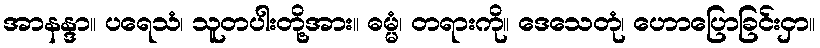
အာနန္ဒာ။ ပရေသံ၊ သူတပါးတို့အား။ ဓမ္မံ၊ တရားကို။ ဒေသေတုံ၊ ဟောပြောခြင်းငှာ။